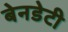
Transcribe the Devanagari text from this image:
बेनडेटी